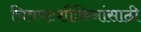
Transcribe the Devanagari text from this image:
चित्रपटशौकिनांसाठी